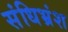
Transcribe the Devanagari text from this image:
संधिभ्रंश